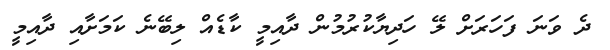
ދެ ވަނަ ފަހަރަށް ލޭ ހަދިޔާކުރުމުން ދާއިމީ ކާޑެއް ލިބޭނެ ކަމަށާއި ދާއިމީ